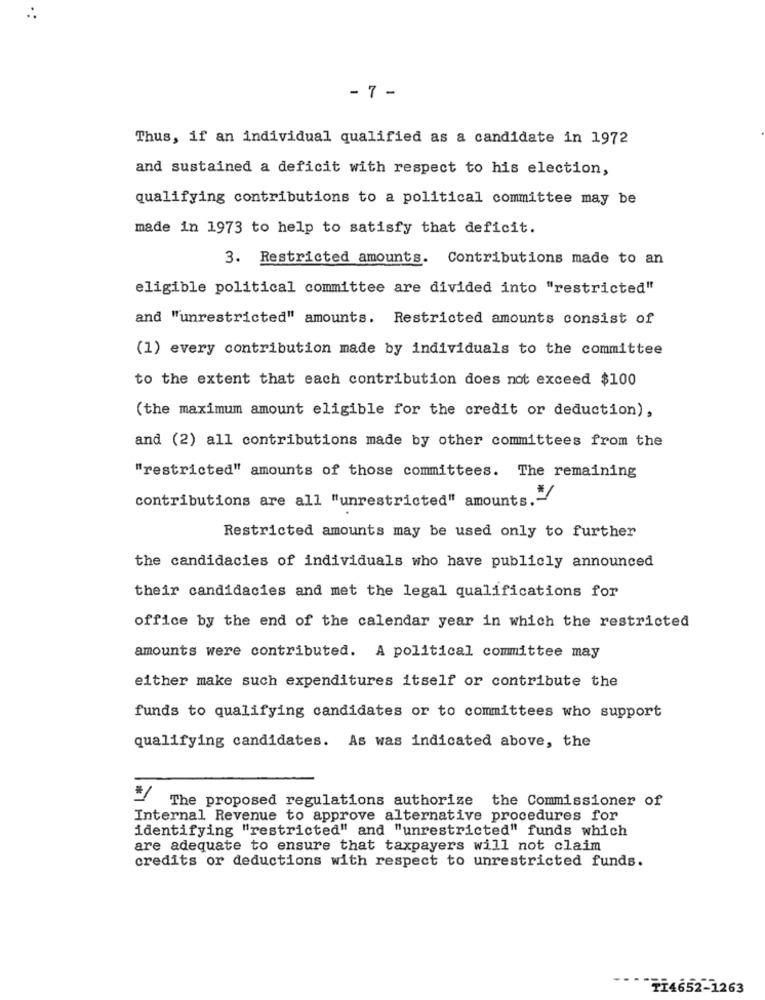
- 7 -
Thus, if an individual qualified as a candidate in 1972
and sustained a deficit with respect to his election,
qualifying contributions to a political committee may be
made in 1973 to help to satisfy that deficit.
3. Restricted amounts. Contributions made to an
eligible political committee are divided into "restricted"
and "unrestricted" amounts. Restricted amounts consist of
(1) every contribution made by individuals to the committee
to the extent that each contribution does not exceed $100
(the maximum amount eligible for the credit or deduction),
and (2) all contributions made by other committees from the
"restricted" amounts of those committees. The remaining
contributions are all "unrestricted" amounts. -
Restricted amounts may be used only to further
the candidacies of individuals who have publicly announced
their candidacies and met the legal qualifications for
office by the end of the calendar year in which the restricted
amounts were contributed. A political committee may
either make such expenditures itself or contribute the
funds to qualifying candidates or to committees who support
qualifying candidates. As was indicated above, the
The proposed regulations authorize the Commissioner of
Internal Revenue to approve alternative procedures for
identifying "restricted" and "unrestricted" funds which
are adequate to ensure that taxpayers will not claim
credits or deductions with respect to unrestricted funds.
"TI4652-1263